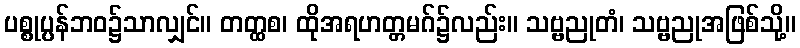
ပစ္စုပ္ပန်ဘဝ၌သာလျှင်။ တတ္ထစ၊ ထိုအရဟတ္တမဂ်၌လည်း။ သဗ္ဗညုတံ၊ သဗ္ဗညုအဖြစ်သို့။